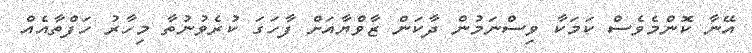
އޭނާ ކޮންމެވެސް ކަމަކާ ވިސްނަމުން ދާކަން ޒާވްޔާއަށް ފާހަގަ ކުރެވުނުތާ މިހާރު ހަފްތާއެއް